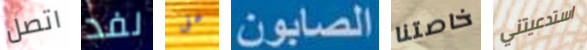
اتصل لفد على الصابون خاصتنا استدعيتني